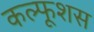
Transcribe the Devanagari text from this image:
कल्फूशस